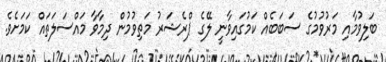
ބަލިވުމާއި މަރުވުމުގެ ސަބަބެއް ކަމުގައިވާނީ ލޭގެ ޕްރެޝަރު މަތިވުމުން ދިމާވާ މައްސަލަތައް ކަމަށެވެ.